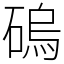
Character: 䃖